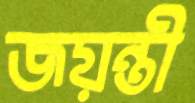
জয়ন্তী